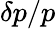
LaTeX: \delta p/p